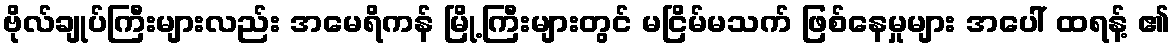
ဗိုလ်ချုပ်ကြီးများလည်း အမေရိကန် မြို့ကြီးများတွင် မငြိမ်မသက် ဖြစ်နေမှုများ အပေါ် ထရန့် ၏